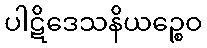
ပါဋိဒေသနိယဉ္စေဝ